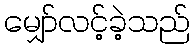
မျှော်လင့်ခဲ့သည်